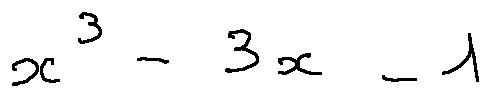
x ^ { 3 } - 3 x - 1